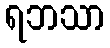
ရဘသာ